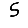
Digit: 5